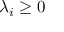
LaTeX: \lambda _ { i } \geq 0